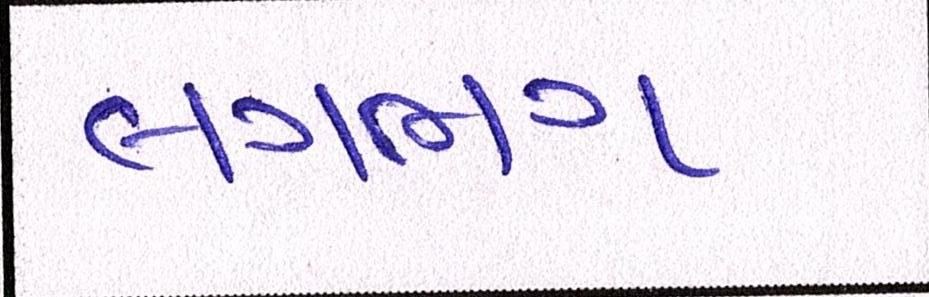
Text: લગભગ